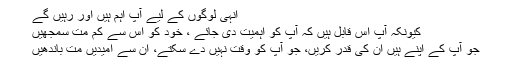
انہی لوگوں کے لیے آپ اہم ہیں اور رہیں گے
کیونکہ آپ اس قابل ہیں کہ آپ کو اہمیت دی جائے ، خود کو اس سے کم مت سمجھیں
جو آپ کے اپنے ہیں ان کی قدر کریں، جو آپ کو وقت نہیں دے سکتے، ان سے امیدیں مت باندھیں